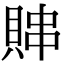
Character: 賗